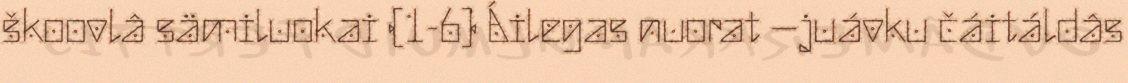
škoovlâ sämiluokai (1-6) Áilegas nuorat –juávku čáitáldâs